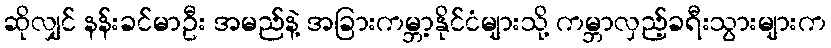
ဆိုလျှင် နန်းခင်မာဦး အမည်နဲ့ အခြားကမ္ဘာ့နိုင်ငံများသို့ ကမ္ဘာလှည့်ခရီးသွားများက